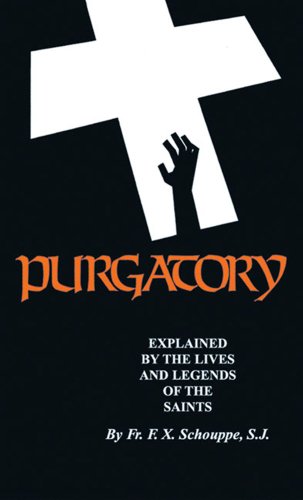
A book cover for Purgatory: Explained by the Lives and Legends of the Saints; Rev. Fr. F. X. Shouppe S.J.; Christian Books & Bibles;